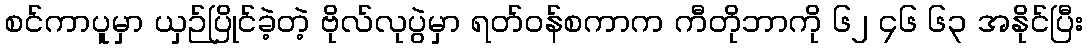
စင်ကာပူမှာ ယှဉ်ပြိုင်ခဲ့တဲ့ ဗိုလ်လုပွဲမှာ ရတ်ဝန်စကာက ကီတိုဘာကို ၆၂ ၄၆ ၆၃ အနိုင်ပြီး